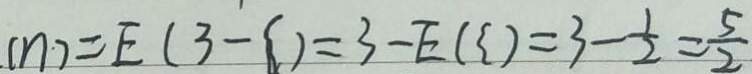
( \eta ) = E ( 3 - \zeta ) = 3 - E ( = 3 - \zeta ) = 3 - \frac { 1 } { 2 } = \frac { 5 } { 2 }